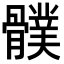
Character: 𩪛